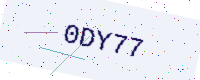
Text: 0DY77